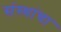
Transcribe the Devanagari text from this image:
संस्‍थांचा